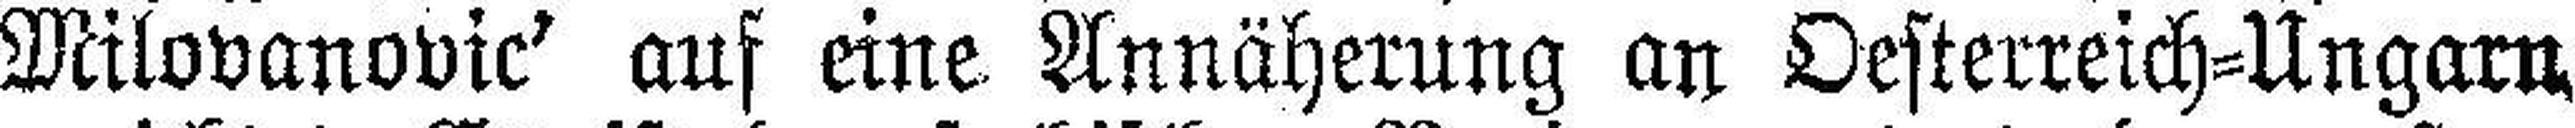
Milovanovic’ auf eine Annäherung an Oesterreich=Ungarn